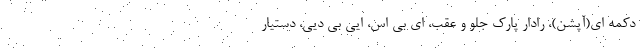
دکمه ای(آپشن)، رادار پارک جلو و عقب، ای بی اس، ایی بی دیی، دستیار